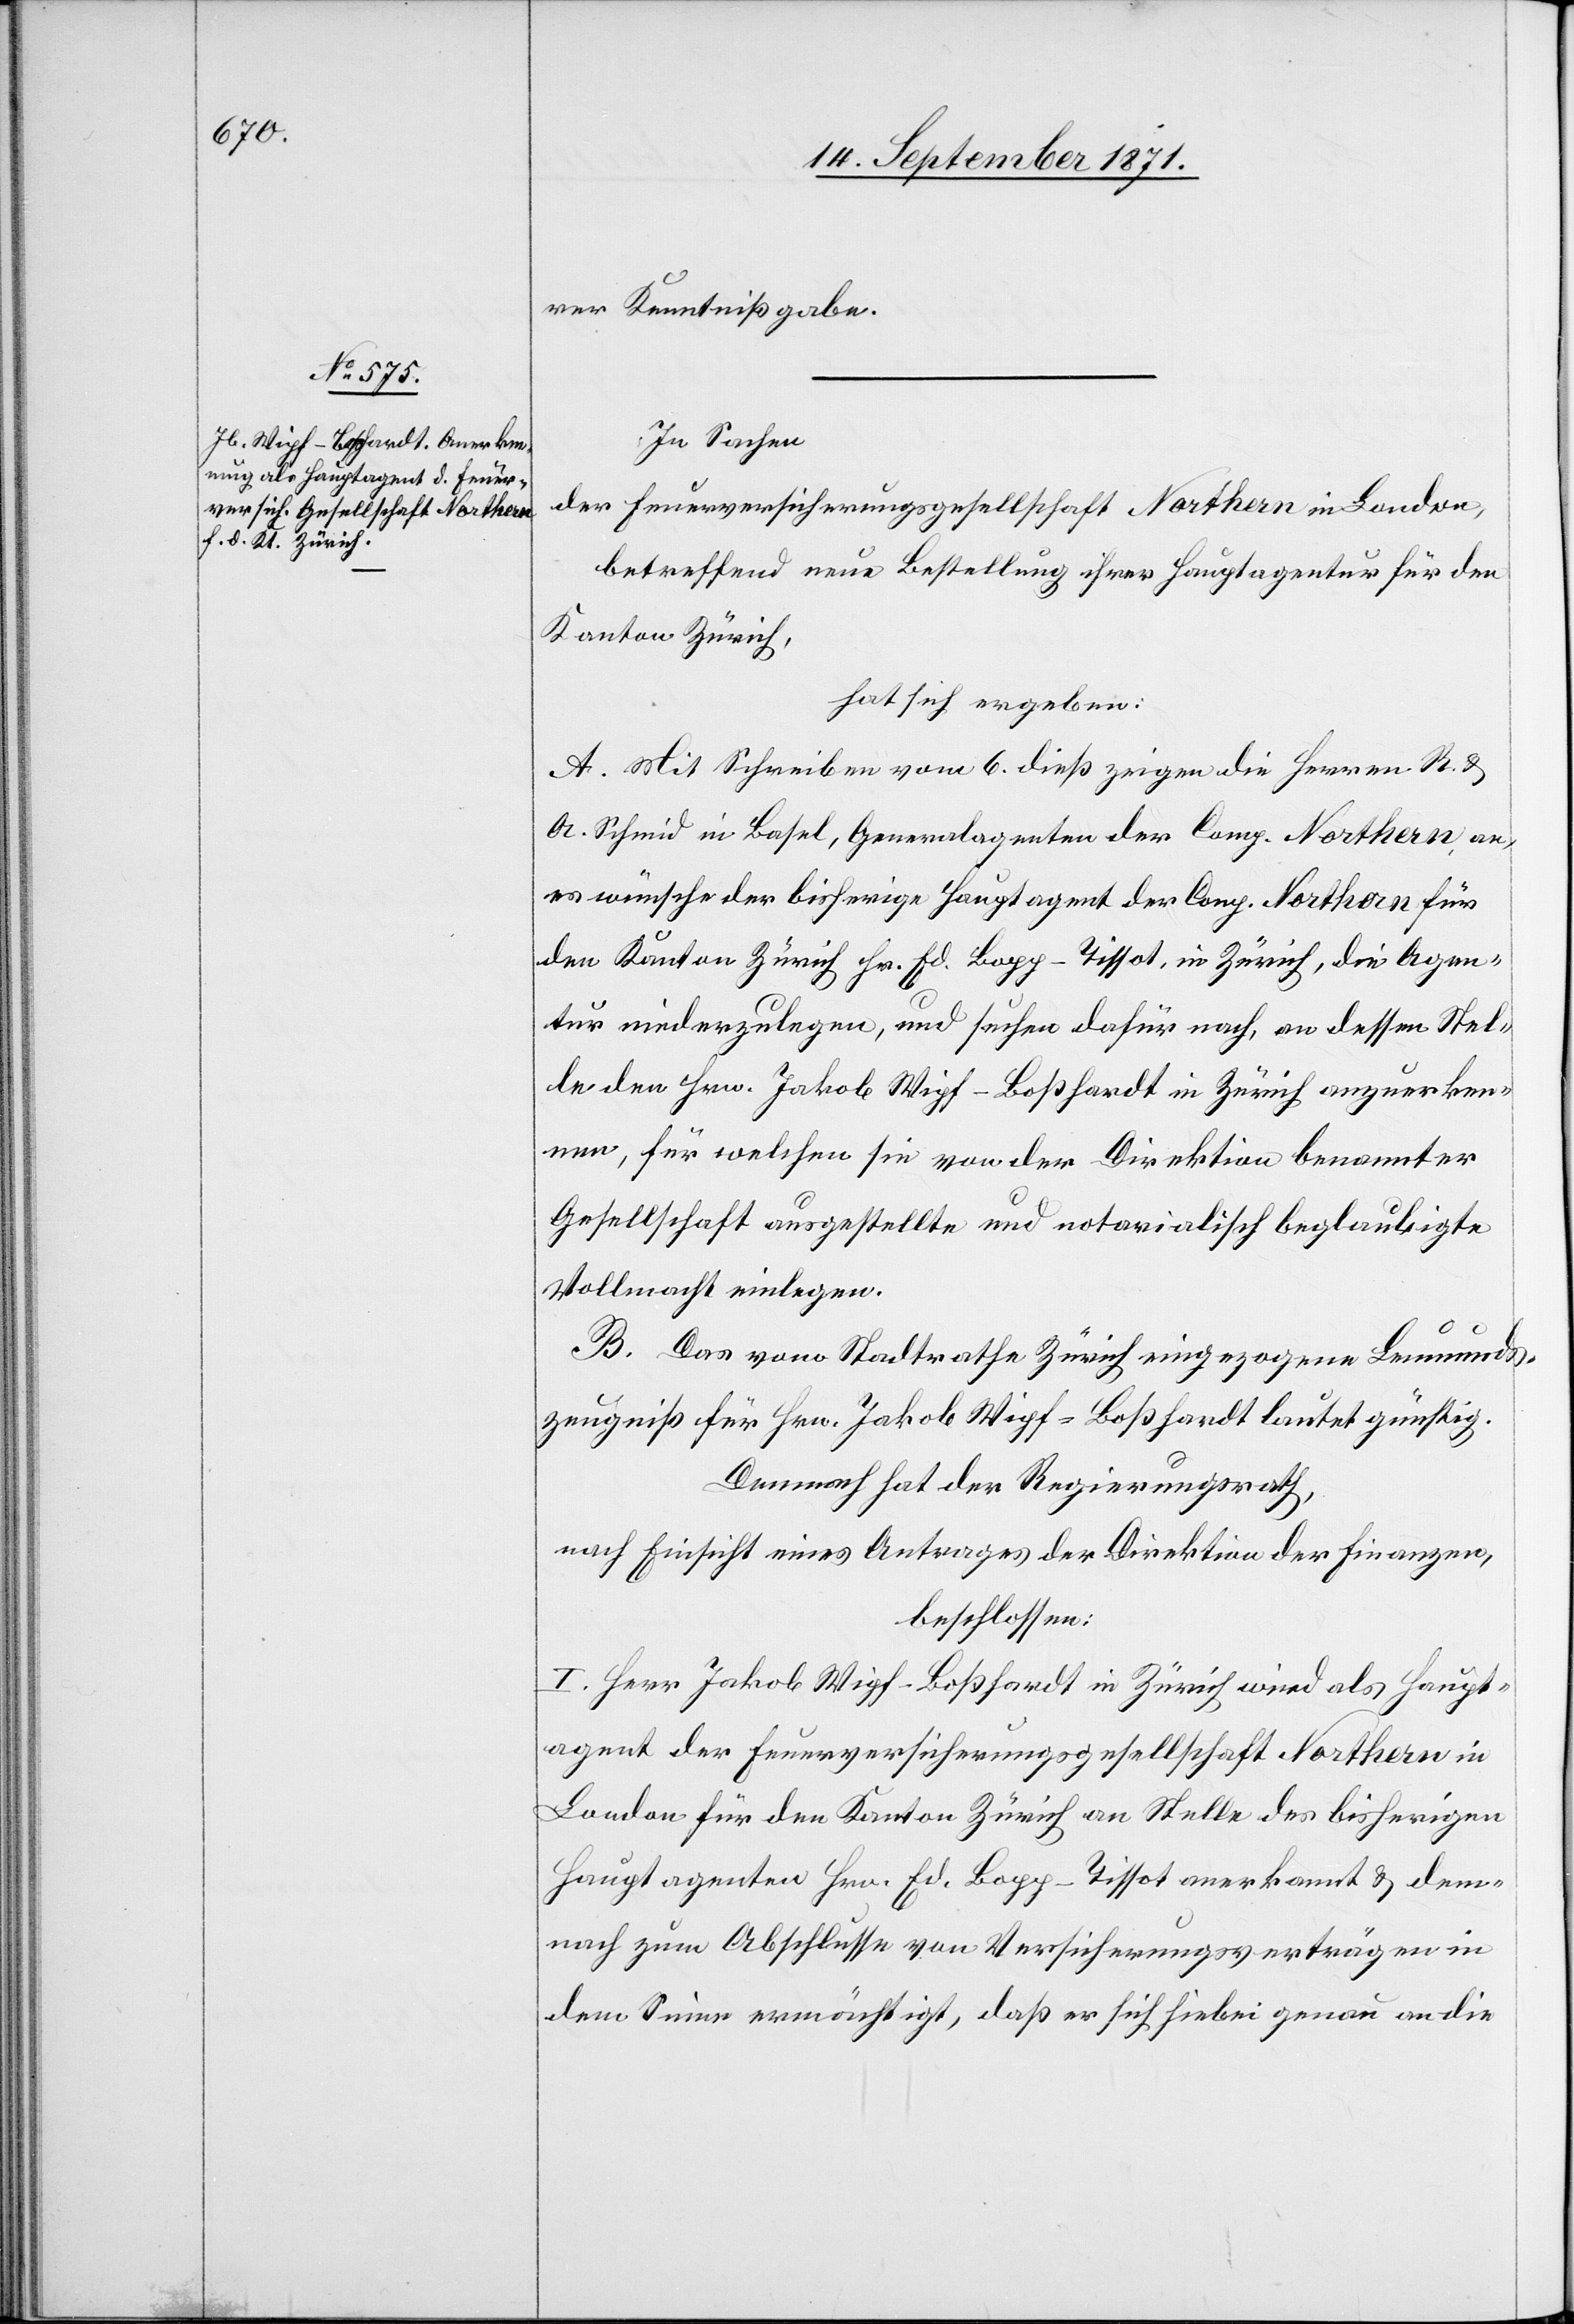
ren Kenntnißgabe.
In Sachen
der Feuerversicherungsgesellschaft Northern in London,
betreffend neue Bestellung ihres Hauptagenten für den
Kanton Zürich,
hat sich ergeben:
A. Mit Schreiben vom 6. dieß zeigen die Herren R. &
A. Schmid in Basel, Generalagenten der Comp. Northern an,
es wünsche der bisherige Hauptagent der Comp. Northern für
den Kanton Zürich Hr. Ed. Bopp-Tissot, in Zürich, die Agen¬
tur niederzulegen, und suche dafür nach, an dessen Stel¬
le den Hrn. Jakob Wipf-Boßhardt in Zürich anzuerken¬
nen, für welchen sie von der Direktion benannter
Gesellschaft ausgestellte und notarialisch beglaubigte
Vollmacht einlegen.
B. Das vom Stadtrathe Zürich eingezogene Leumunds¬
zeugniß für Hrn. Jakob Wipf-Boßhardt lautet günstig.
Dennoch hat der Regierungsrath,
nach Einsicht eines Antrages der Direktion der Finanzen,
beschlossen:
I. Herr Jakob Wipf-Boßhardt in Zürich wird als Haupt¬
agent der Feuerversicherungsgesellschaft Northern in
London für den Kanton Zürich an Stelle des bisherigen
Hauptagenten Hrn. Ed. Bopp-Tissot anerkannt & dem¬
nach zum Abschlusse von Versicherungsverträgen in
dem Sinne ermächtigt, daß er sich hiebei genau an die